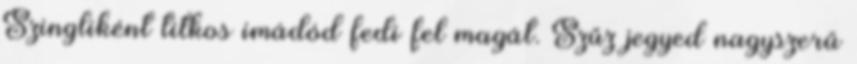
Szingliként titkos imádód fedi fel magát. Szűz jegyed nagyszerű